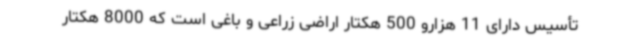
تأسیس دارای 11 هزارو 500 هکتار اراضی زراعی و باغی است که 8000 هکتار